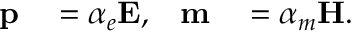
\begin{array} { r l r l } { \mathbf { p } } & { { } = \alpha _ { e } \mathbf { E } , } & { \mathbf { m } } & { { } = \alpha _ { m } \mathbf { H } . } \end{array}